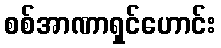
စစ်အာဏာရှင်ဟောင်း